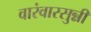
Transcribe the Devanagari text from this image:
वारंवारसुन्नी